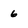
Character: 6